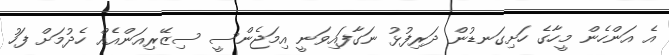
އެ އަންހެން މީހާގެ ހަށިގަނޑުން ދަރިފުޅު ނަގާފައިވަނީ އިމަޖެންސީ ސިޒޭރިއަންއެއް ހެދުމަށް ފަހު